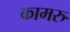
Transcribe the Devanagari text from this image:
कामरु